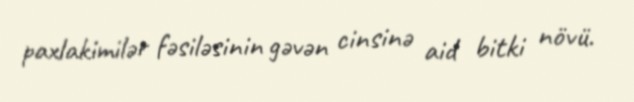
paxlakimilər fəsiləsinin gəvən cinsinə aid bitki növü.